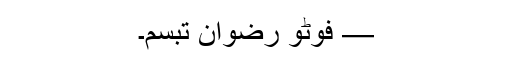
— فوٹو رضوان تبسم۔